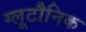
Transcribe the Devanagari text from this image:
ग्लूटौनिक